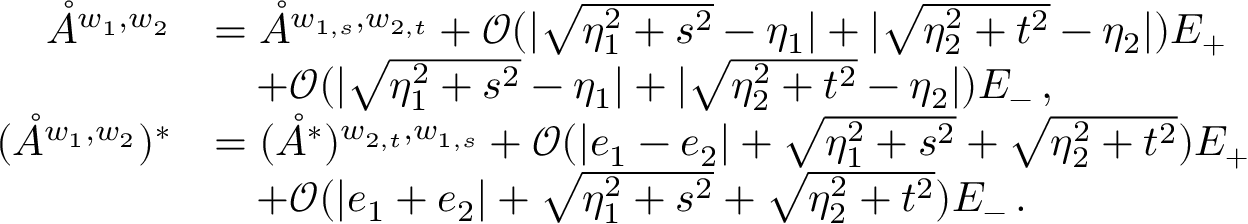
\begin{array} { r l } { \mathring { A } ^ { w _ { 1 } , w _ { 2 } } } & { = \mathring { A } ^ { w _ { 1 , s } , w _ { 2 , t } } + \mathcal { O } ( | \sqrt { \eta _ { 1 } ^ { 2 } + s ^ { 2 } } - \eta _ { 1 } | + | \sqrt { \eta _ { 2 } ^ { 2 } + t ^ { 2 } } - \eta _ { 2 } | ) E _ { + } } \\ & { \quad + \mathcal { O } ( | \sqrt { \eta _ { 1 } ^ { 2 } + s ^ { 2 } } - \eta _ { 1 } | + | \sqrt { \eta _ { 2 } ^ { 2 } + t ^ { 2 } } - \eta _ { 2 } | ) E _ { - } \, , } \\ { ( \mathring { A } ^ { w _ { 1 } , w _ { 2 } } ) ^ { * } } & { = ( \mathring { A } ^ { * } ) ^ { w _ { 2 , t } , w _ { 1 , s } } + \mathcal { O } ( | e _ { 1 } - e _ { 2 } | + \sqrt { \eta _ { 1 } ^ { 2 } + s ^ { 2 } } + \sqrt { \eta _ { 2 } ^ { 2 } + t ^ { 2 } } ) E _ { + } } \\ & { \quad + \mathcal { O } ( | e _ { 1 } + e _ { 2 } | + \sqrt { \eta _ { 1 } ^ { 2 } + s ^ { 2 } } + \sqrt { \eta _ { 2 } ^ { 2 } + t ^ { 2 } } ) E _ { - } \, . } \end{array}